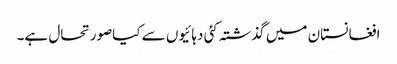
افغانستان میں گذشتہ کئی دہائیوں سے کیاصورتحال ہے۔